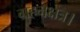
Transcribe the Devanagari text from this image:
ग्रहनक्षत्र।